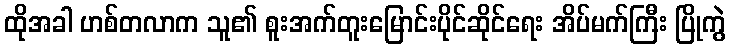
ထိုအခါ ဟစ်တလာက သူ၏ စူးအက်တူးမြောင်းပိုင်ဆိုင်ရေး အိပ်မက်ကြီး ပြိုကွဲ